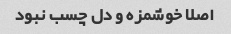
اصلا خوشمزه و دل چسب نبود